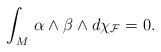
LaTeX: \begin{align*}\int_M\,\alpha\wedge\beta\wedge d\chi_{\mathcal{F}}=0.\end{align*}